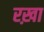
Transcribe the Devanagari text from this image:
रख़ा